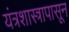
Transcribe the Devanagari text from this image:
यंत्रशास्त्रापासून